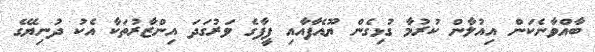
ބާއްވާނެކަން އިއުލާން ކުރުމާ ގުޅިގެން ޔޫއެފާއާއި ފީފާގެ ވަރުގަދަ އިންޒާރުތަކާ އެކު ދުނިޔޭގެ